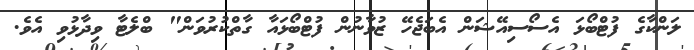
ލަންކާގެ ފުޓްބޯޅަ އެސޯސިއޭޝަން އެބަޖެހޭ ޒުވާނުން ފުޓްބޯޅައާ ގާތްކުރުވަން" ބްލެޓާ ވިދާޅުވި އެވެ.